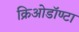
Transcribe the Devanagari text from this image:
क्रिओडॉण्टा